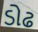
ડોઢ